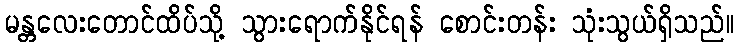
မန္တလေးတောင်ထိပ်သို့ သွားရောက်နိုင်ရန် စောင်းတန်း သုံးသွယ်ရှိသည်။